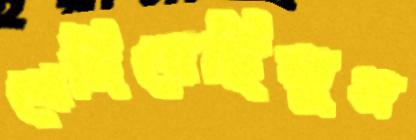
খেদিয়েছিলুম